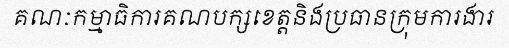
គណៈកម្មាធិការគណបក្សខេត្តនិងប្រធានក្រុមការងារ